Calcutta medical institutions reports 1892-1900
Year: 1892
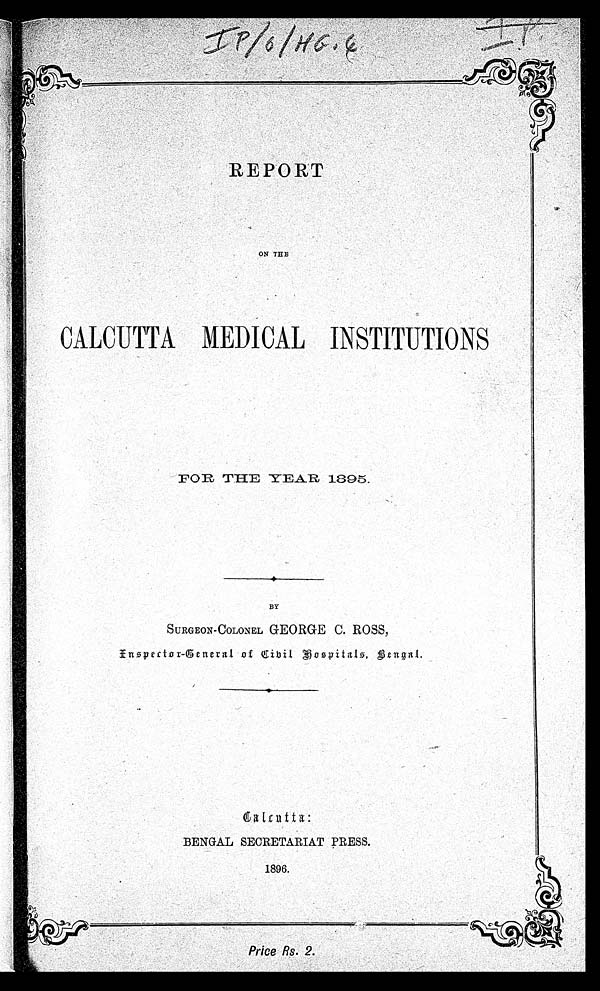
REPORT
ON THE
CALCUTTA MEDICAL INSTITUTIONS
FOR THE YEAR 1895.
BY
SURGEON-COLONEL GEORGE C. ROSS,
Inspector-General of Cibil Hospitals, Bengal.
Calcutta:
BENGAL SECRETARIAT PRESS.
1896.
Price Rs. 2.